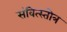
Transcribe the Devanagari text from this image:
संवित्स्तोत्र